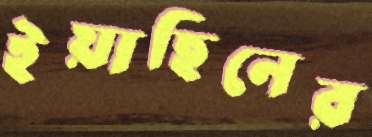
ইয়াছিনের